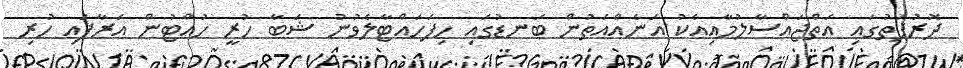
ދޮރުފަތުގައި އަތްޖައްސާލުމާއިއެކު އަނެއްއަތުން ބަނޑުގައި ހިފަހައްޓާލެވުނު ޝަބާ ހުރީ ހުއްޓުން އަރާފައި ހުރި